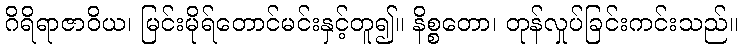
ဂိရိရာဇာဝိယ၊ မြင်းမိုရ်တောင်မင်းနှင့်တူ၍။ နိစ္စတော၊ တုန်လှုပ်ခြင်းကင်းသည်။